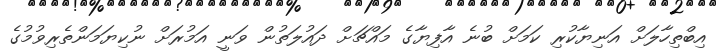
އިބްތިހާލަށް އަނިޔާކުރި ކަމަށް ބުނެ އާފިޔާގެ މައްޗަށް ދައުލަތުން ވަނީ އަމުރަށް ނުކިޔަމަންތެރިވުމުގެ